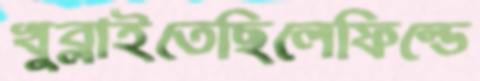
খুব্‌লাইতেছিলেফিল্ডে